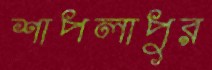
শাপলাপুর